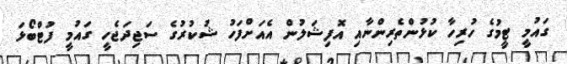
ގައުމީ ޓީމުގެ ހުރިހާ ކުޅުންތެރިންނާއި އޮފިޝަލުން އެއަށްފަހު ޝުކުރުގެ ސަޖިދަޖެހީ ގައުމީ ފުޓްބޯޅަ